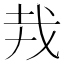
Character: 𢦛